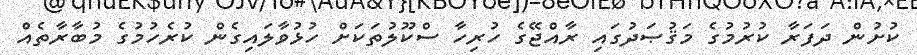
ކުށުން ދަފަރާ ކުރުމުގެ މަޤުޞަދުގައި ރާއްޖޭގެ ހުރިހާ ސްކޫލުތަކަށް ހުޅުވާލައިގެން ކުރެހުމުގެ މުބާރާތެއް